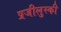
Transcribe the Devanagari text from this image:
प्रजीलुस्की